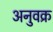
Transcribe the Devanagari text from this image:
अनुवक्र